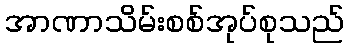
အာဏာသိမ်းစစ်အုပ်စုသည်